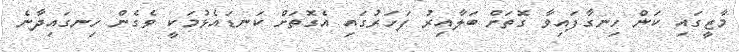
މާޒީގައި ކަން ހިނގާފައިވާ ގޮތަށް ބަލާއިރު ފަހަރުގައި އެގޮތަށް ކަނޑައެޅުމަކީ ވެގެން ހިނގައިދާނެ